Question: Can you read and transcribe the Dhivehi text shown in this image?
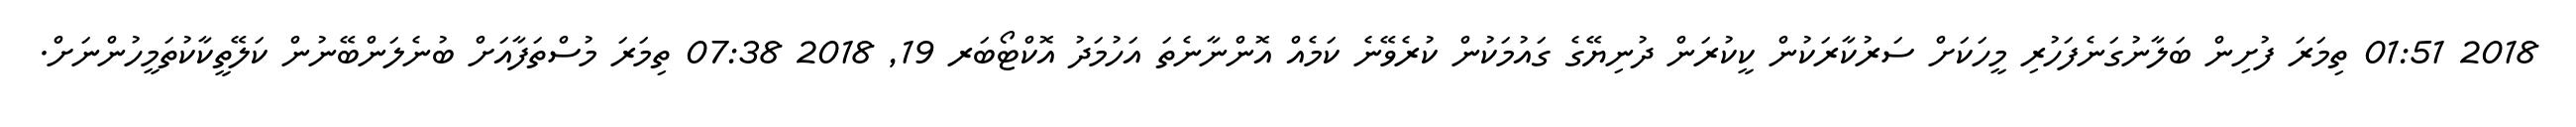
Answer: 2018 01:51 ތިމަރަ ފުށިން ބަލާނުގަނެފަހުރި މީހަކަށް ސަރުކާރަކުން ކީކުރަން ދުނިޔޭގެ ގައުމަކުން ކުރެވޭނެ ކަމެއް އޮންނާނެތަ އަހުމަދު އޮކްޓޯބަރ 19, 2018 07:38 ތިމަރަ މުސްތަފާއަށް ބުނެލަންބޭނުން ކަލޭތީކާކުތަމީހުންނަށް.